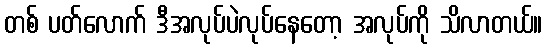
တစ် ပတ်လောက် ဒီအလုပ်ပဲလုပ်နေတော့ အလုပ်ကို သိလာတယ်။